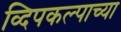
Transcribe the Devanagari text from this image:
व्दिपकल्पाच्या